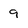
Character: 9